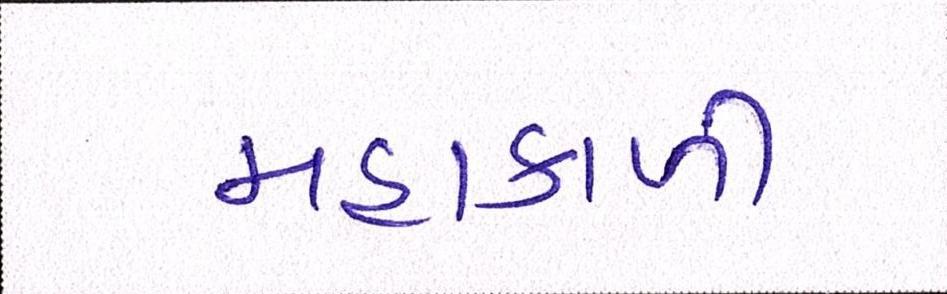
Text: મહાકાળી